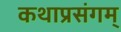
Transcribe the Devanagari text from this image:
कथाप्रसंगम्